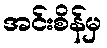
အင်းစိန်မှ